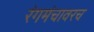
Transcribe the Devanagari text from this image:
रंगमंचावरच